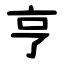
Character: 亨